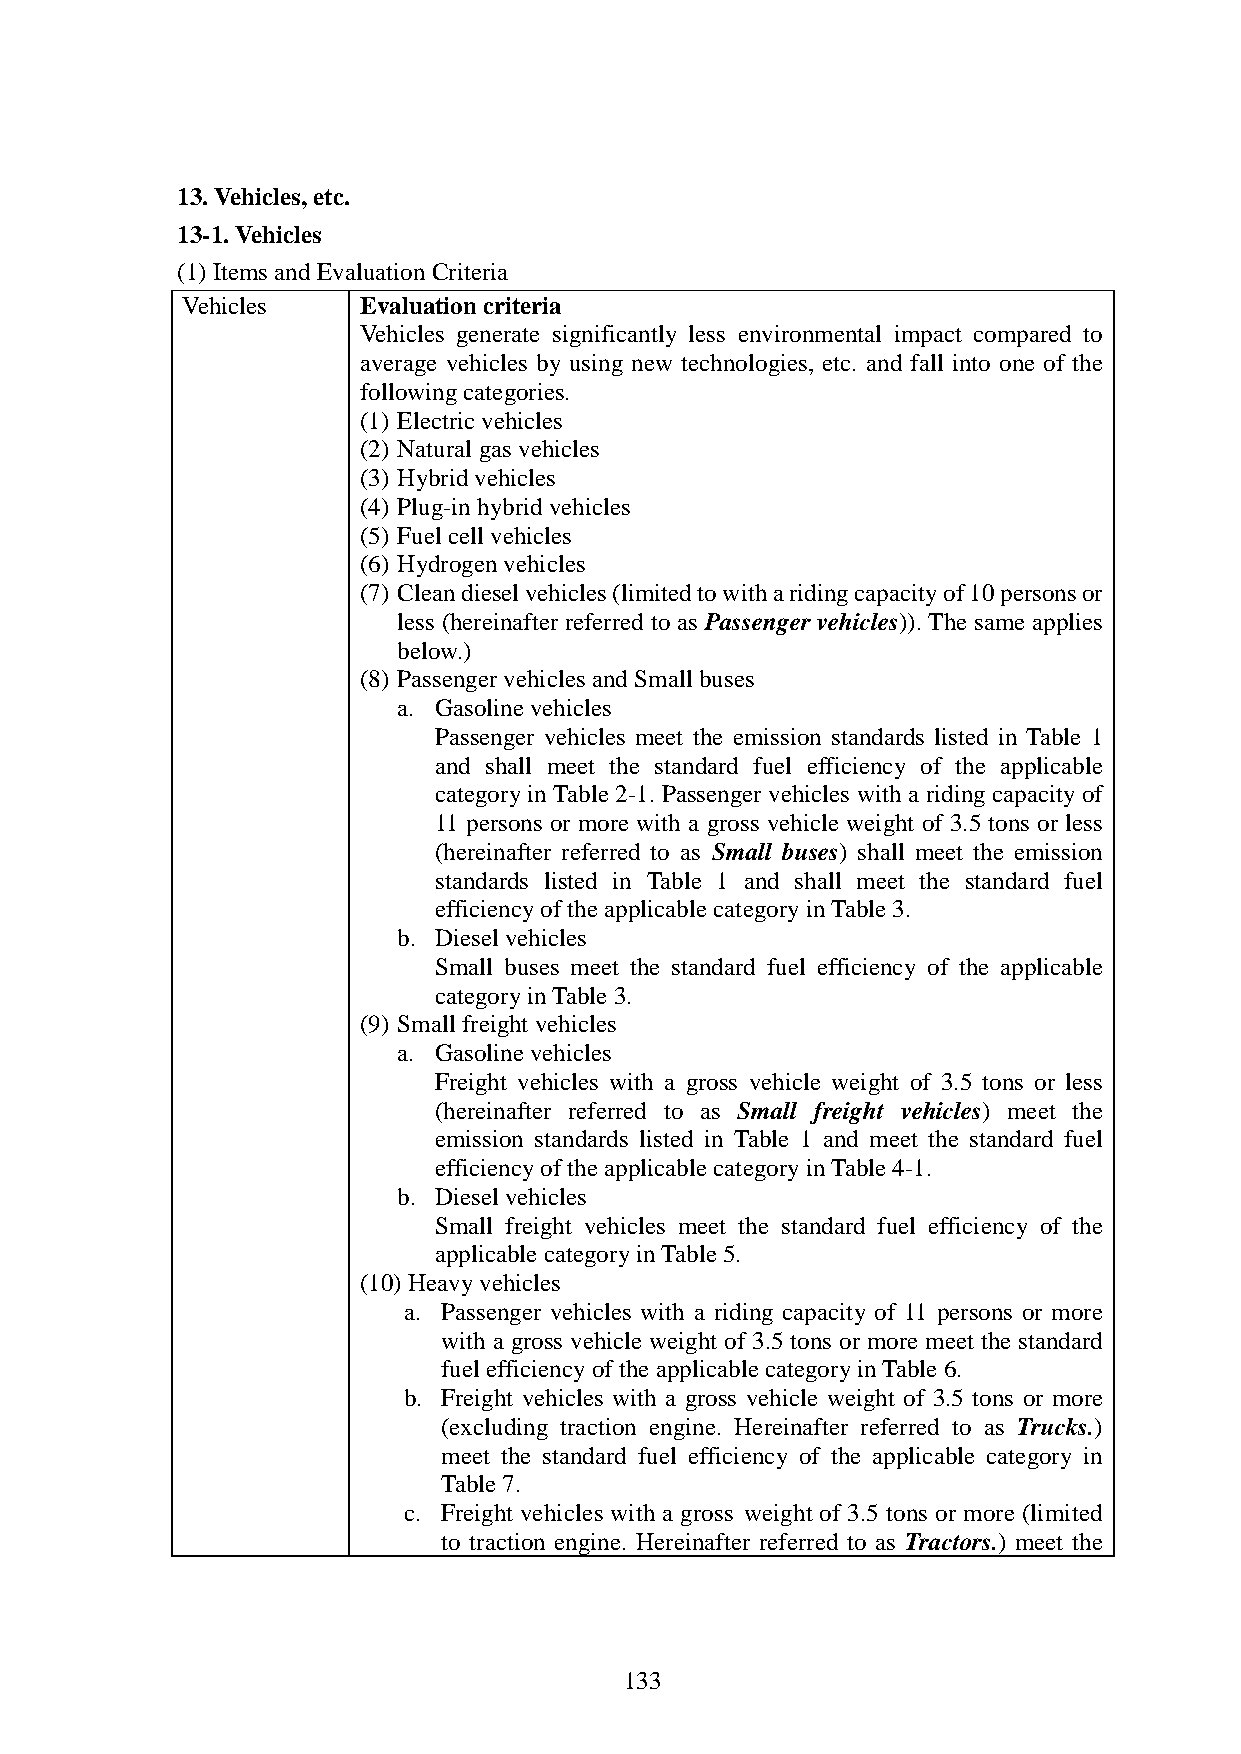
13. Vehicles, etc.
 13-1. Vehicles
 (1) Items and Evaluation Criteria
 Vehicles    Evaluation criteria
 Vehicles generate significantly less environmental impact compared to
 average vehicles by using new technologies, etc. and fall into one of the
 following categories.
 (1) Electric vehicles
 (2) Natural gas vehicles
 (3) Hybrid vehicles
 (4) Plug-in hybrid vehicles
 (5) Fuel cell vehicles
 (6) Hydrogen vehicles
 (7) Clean diesel vehicles (limited to with a riding capacity of 10 persons or
 less (hereinafter referred to as Passenger vehicles)). The same applies
 below.)
 (8) Passenger vehicles and Small buses
 a. Gasoline vehicles
 Passenger vehicles meet the emission standards listed in Table 1
 and shall meet the standard fuel efficiency of the applicable
 category in Table 2-1. Passenger vehicles with a riding capacity of
 11 persons or more with a gross vehicle weight of 3.5 tons or less
 (hereinafter referred to as Small buses) shall meet the emission
 standards listed in Table 1 and shall meet the standard fuel
 efficiency of the applicable category in Table 3.
 b. Diesel vehicles
 Small buses meet the standard fuel efficiency of the applicable
 category in Table 3.
 (9) Small freight vehicles
 a. Gasoline vehicles
 Freight vehicles with a gross vehicle weight of 3.5 tons or less
 (hereinafter referred to as Small freight vehicles) meet the
 emission standards listed in Table 1 and meet the standard fuel
 efficiency of the applicable category in Table 4-1.
 b. Diesel vehicles
 Small freight vehicles meet the standard fuel efficiency of the
 applicable category in Table 5.
 (10) Heavy vehicles
 a. Passenger vehicles with a riding capacity of 11 persons or more
 with a gross vehicle weight of 3.5 tons or more meet the standard
 fuel efficiency of the applicable category in Table 6.
 b. Freight vehicles with a gross vehicle weight of 3.5 tons or more
 (excluding traction engine. Hereinafter referred to as Trucks.)
 meet the standard fuel efficiency of the applicable category in
 Table 7.
 c. Freight vehicles with a gross weight of 3.5 tons or more (limited
 to traction engine. Hereinafter referred to as Tractors.) meet the
 133